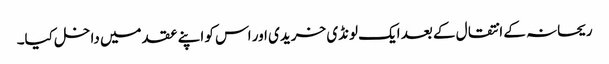
ریحانہ کے انتقال کے بعد ایک لونڈی خریدی اور اس کو اپنے عقد میں داخل کیا۔